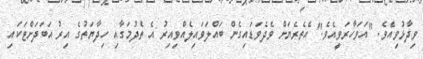
ވިދާޅުވިއެވެ. "އަވަހާރަވީއެވެ." އެތެރެޔަށް ވެދެވަޑައިގެން ބައްލަވައިލެއްވިއިރު އެ ތެދުމަގާއި ހިދާޔަތުގެ އިރު އަބަދަށްޓަކައި